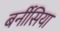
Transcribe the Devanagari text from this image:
बर्नीसिया